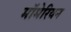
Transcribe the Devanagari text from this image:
मॉमेरियन